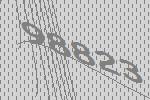
98823